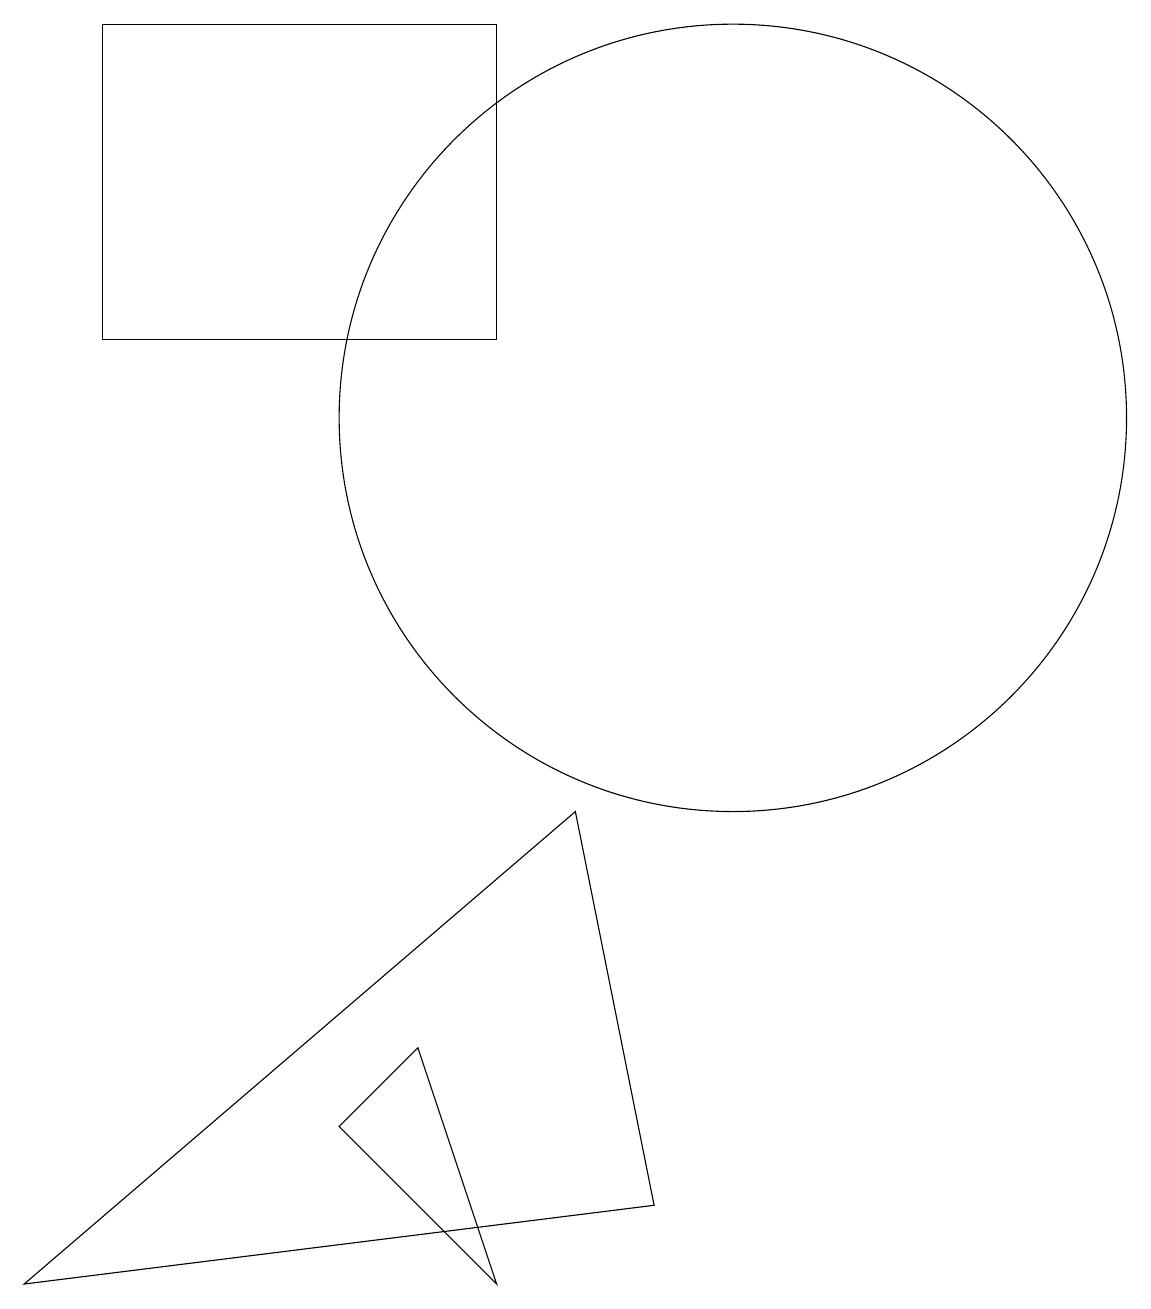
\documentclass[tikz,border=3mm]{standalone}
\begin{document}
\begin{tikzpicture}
\draw (10,12) circle (5);
\draw (2,13) rectangle (7,17);
\draw (8,7) -- (9,2) -- (1,1) -- cycle;
\draw (6,4) -- (5,3) -- (7,1) -- cycle;
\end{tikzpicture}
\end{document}